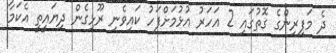
ދެ މަފިރިންގެ ގޮތުގައި 2 އަހަރު އުޅުމަށްފަހު ކައިވެނި ރޫޅިގެން ދިޔައީތީ އެކަމާ